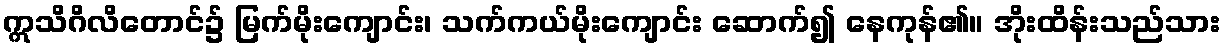
ဣသိဂိလိတောင်၌ မြက်မိုးကျောင်း၊ သက်ကယ်မိုးကျောင်း ဆောက်၍ နေကုန်၏။ အိုးထိန်းသည်သား